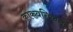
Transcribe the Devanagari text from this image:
काकवतिकानं